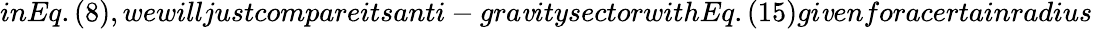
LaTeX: inEq.(8),wewilljustcompareitsanti-gra\mathit{v}itysectorwithEq.(15)gi\mathit{v}enforacertainradius